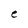
Character: e